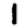
Digit: 1